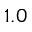
1 . 0